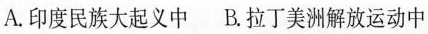
A.印度民族大起义中 B.拉丁美洲解放运动中